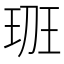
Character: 𤤻